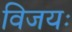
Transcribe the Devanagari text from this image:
विजयः